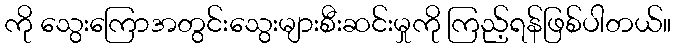
ကို သွေးကြောအတွင်းသွေးများစီးဆင်းမှုကို ကြည့်ရန်ဖြစ်ပါတယ်။